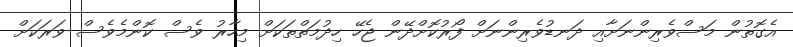
އެގޮތުން މަސްވެރިންނަށާއި ދަނޑުވެރިންނަށް ފޯރުކޮށްދޭން ޖެހޭ ހިދުމަތްތަކަށް މިހާރު ވެސް ކޮންމެވެސް ވަރަކަށް